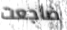
ضاجعت